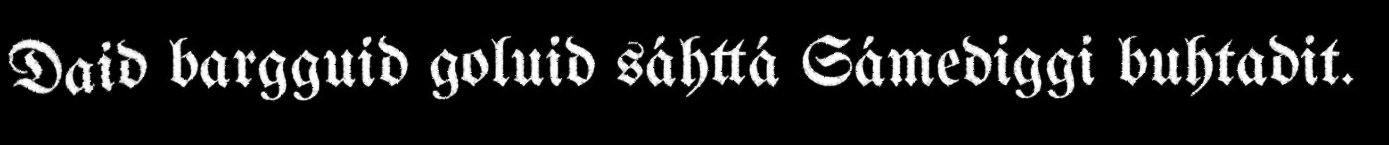
Daid bargguid goluid sáhttá Sámediggi buhtadit.